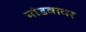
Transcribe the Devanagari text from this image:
मांडवावर